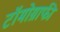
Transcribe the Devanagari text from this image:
टॉमोग्राफी